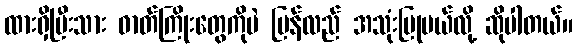
ထားရှိပြီးသား ဓာတ်ကြိုးတွေကိုပဲ ပြန်လည် အသုံးပြုမယ်လို့ ဆိုပါတယ်။